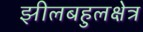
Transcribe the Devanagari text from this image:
झीलबहुलक्षेत्र